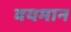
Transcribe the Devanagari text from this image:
वयमान